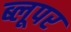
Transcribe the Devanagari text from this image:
ब्लूपर